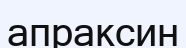
апраксин